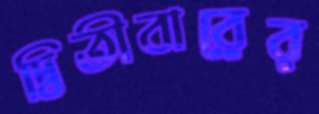
দ্বিতীবারের